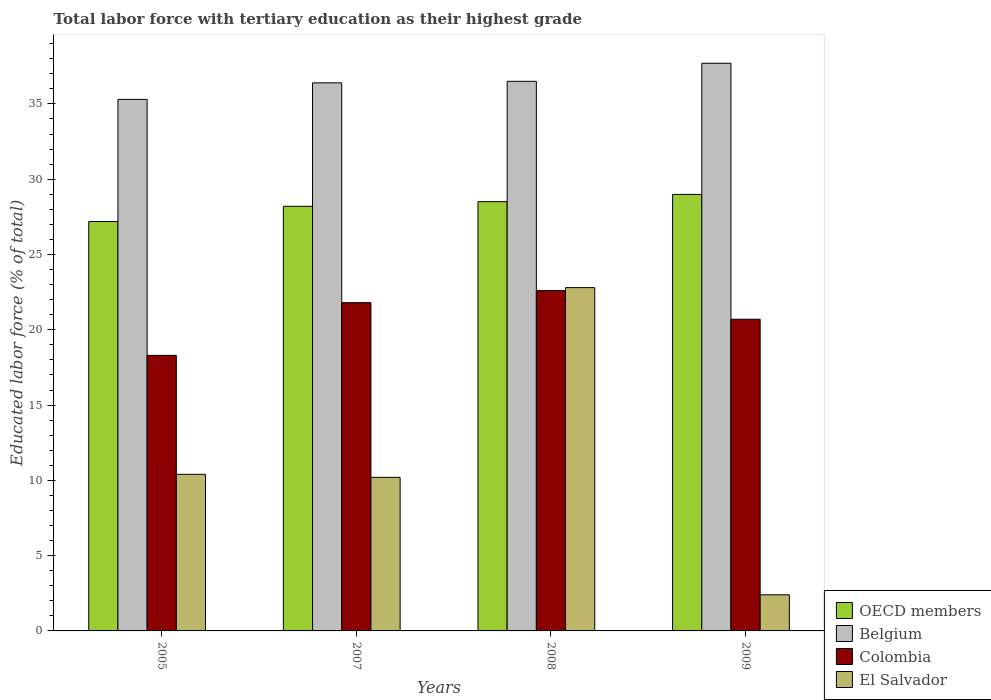
| Years | OECD members | Belgium | Colombia | El Salvador |
 | --- | --- | --- | --- | --- |
 | 2005 | 27.2 | 35.3 | 18.3 | 10.4 |
 | 2007 | 28.2 | 36.4 | 21.8 | 10.2 |
 | 2008 | 28.5 | 36.5 | 22.6 | 22.8 |
 | 2009 | 29 | 37.7 | 20.7 | 2.4 |